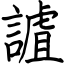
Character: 謯